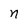
Character: n